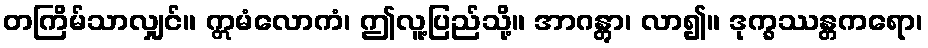
တကြိမ်သာလျှင်။ ဣမံလောကံ၊ ဤလူ့ပြည်သို့။ အာဂန္တွာ၊ လာ၍။ ဒုက္ခဿန္တကရော၊